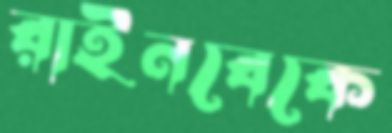
রাইনবেকে